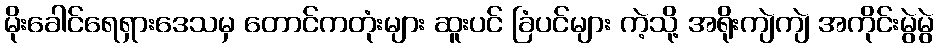
မိုးခေါင်ရေရှားဒေသမှ တောင်ကတုံးများ ဆူးပင် ခြံပင်များ ကဲ့သို့ အရိုးကျဲကျဲ အကိုင်းမွဲမွဲ